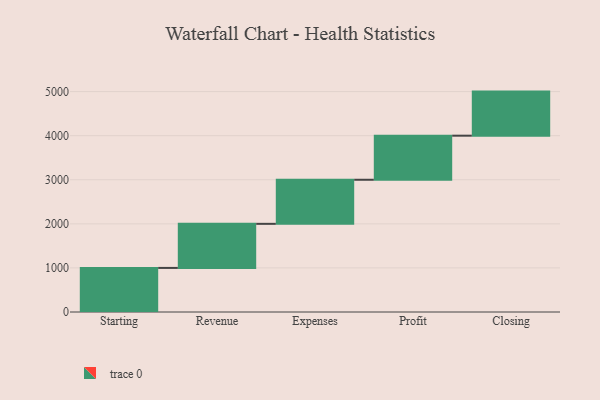
{"axis": {"x": "Step", "y": "Value"}, "legend": [""], "data": [{"x": "Starting", "y": 1000, "type": ""}, {"x": "Revenue", "y": 1000, "type": ""}, {"x": "Expenses", "y": 1000, "type": ""}, {"x": "Profit", "y": 1000, "type": ""}, {"x": "Closing", "y": 1000, "type": ""}]}